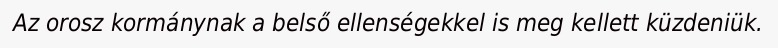
Az orosz kormánynak a belső ellenségekkel is meg kellett küzdeniük.